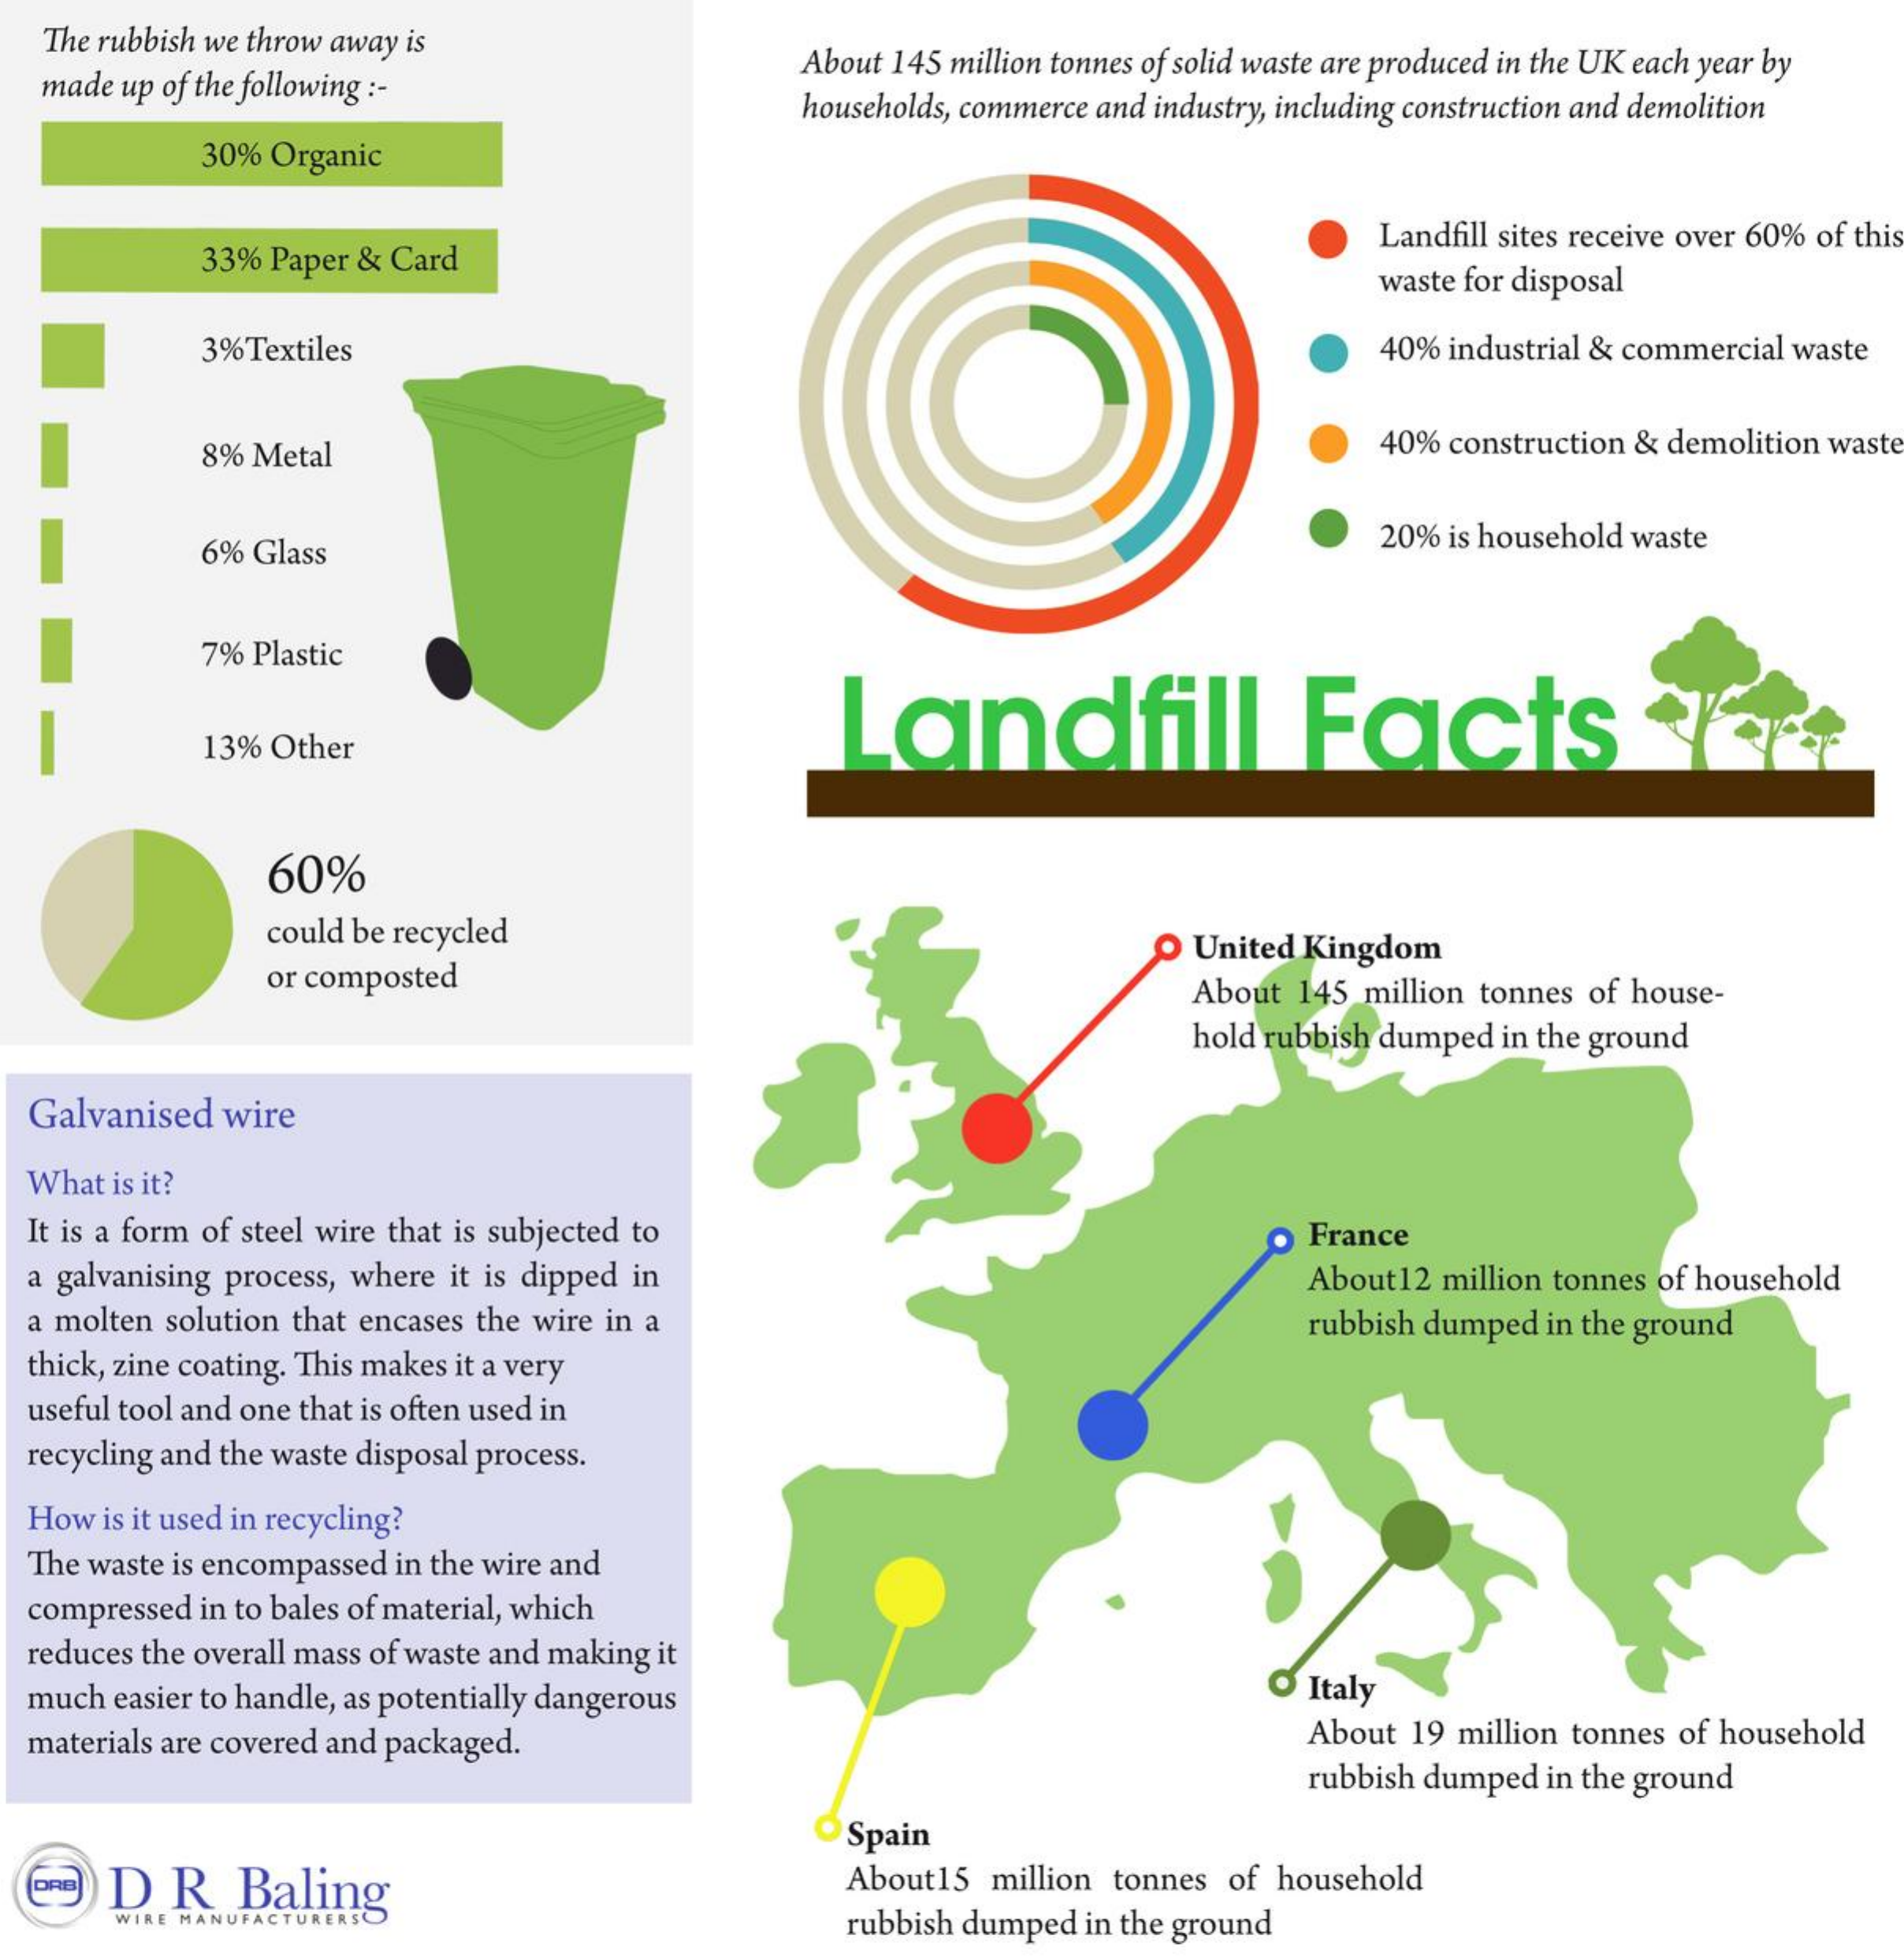
The rubbish we throw away is
  made up of the following :-
     About 145 million tonnes of solid waste are produced in the UK each year by
     households, commerce and industry, including construction and demolition
     30% Organic
     33% Paper & Card
     Landfill sites receive over 60% of this
     waste for disposal
     3%Textiles    40% industrial & commercial waste
     8% Metal    40% construction & demolition waste
     6% Glass
     20% is household waste
     7% Plastic
     Landfill    Facts
     13% Other
     60%
     could be recycled
     or composted
     O United Kingdom
     About 145 million tonnes of house-
     hold rubbish dumped in the ground
  Galvanised wire
  What is it?
  It is a form of steel wire that is subjected to France
  a galvanising process, where it is dipped in   About12 million tonnes of household
  a molten solution that encases the wire in a   rubbish dumped in the ground
  thick, zine coating. This makes it a very
  useful tool and one that is often used in
  recycling and the waste disposal process.
  How is it used in recycling?
  The waste is encompassed in the wire and
  compressed in to bales of material, which
  reduces the overall mass of waste and making it
  much easier to handle, as potentially dangerous O Italy
  materials are covered and packaged.    About 19 million tonnes of household
     rubbish dumped in the ground
     Spain
  ( DR   Baling    About15 million tonnes of household
     WIRE MANUFACTURER:    rubbish dumped in the ground